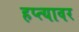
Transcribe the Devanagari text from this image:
हप्त्यावर